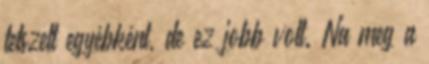
tetszett egyébként, de ez jobb volt. Na meg a